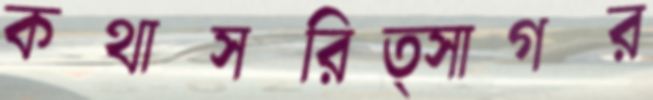
কথাসরিত্সাগর